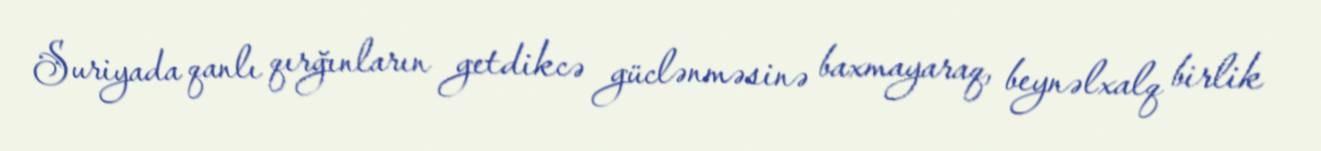
Suriyada qanlı qırğınların getdikcə güclənməsinə baxmayaraq, beynəlxalq birlik